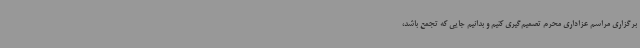
برگزاری مراسم عزاداری محرم تصمیم‌گیری کنیم و بدانیم جایی که تجمع باشد،